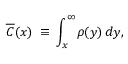
\overline { { C } } ( x ) \: \equiv \: \int _ { x } ^ { \infty } \! \! \, \rho ( y ) \, d y ,